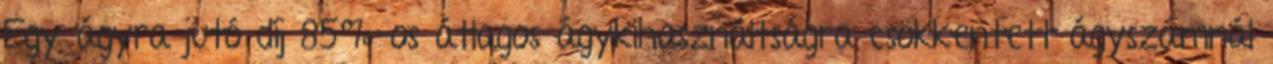
Egy ágyra jutó díj 85%-os átlagos ágykihasználtságra csökkentett ágyszámnál